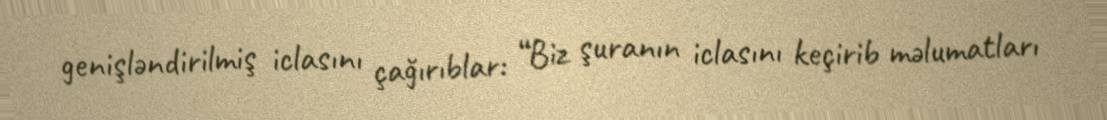
genişləndirilmiş iclasını çağırıblar: “Biz şuranın iclasını keçirib məlumatları